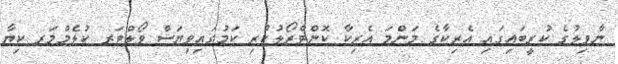
ނާވިލުގެ ކުރީބައިގައި އެރިކާގެ މަންމަ އެރިކާ ކޮންޓްރޯލުކުރި ކަމުގައިވިޔަސް ވޯލްޓަރ ކުލެމްމަރ ކިޔާ